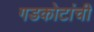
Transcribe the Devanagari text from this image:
गडकोटांची